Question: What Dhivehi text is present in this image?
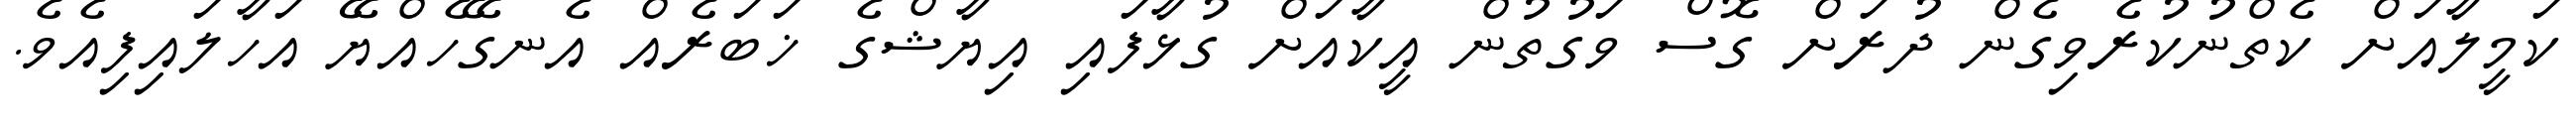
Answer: ކަމީލާއަށް ކެތްނުކުރެވިގެން ދުރަށް ގޮސް ވަގުތުން އީކާއަށް ގުޅާފައި އިޔާޝްގެ ޚަބަރެއް އެނގޭހެއްޔޭ އަހާލައިފިއެވެ.